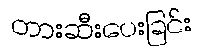
တားဆီးပေးခြင်း